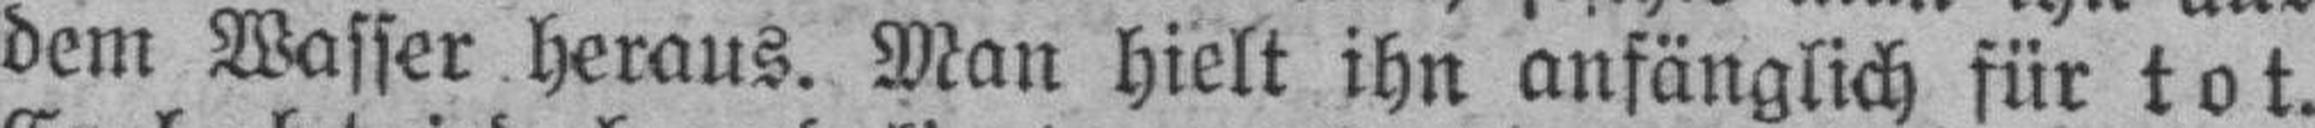
dem Wasser heraus. Man hielt ihn anfänglich für tot.